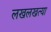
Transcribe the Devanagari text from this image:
लखलखत्या